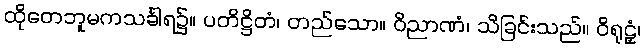
ထိုတေဘူမကသင်္ခါရ၌။ ပတိဋ္ဌိတံ၊ တည်သော။ ဝိညာဏံ၊ သိခြင်းသည်။ ဝိရုဠှံ၊